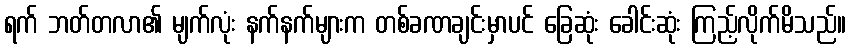
ရက် ဘတ်တလာ၏ မျက်လုံး နက်နက်များက တစ်ခဏချင်းမှာပင် ခြေဆုံး ခေါင်းဆုံး ကြည့်လိုက်မိသည်။